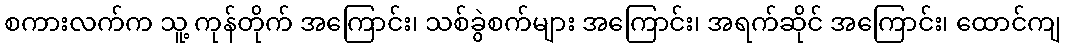
စကားလက်က သူ့ ကုန်တိုက် အကြောင်း၊ သစ်ခွဲစက်များ အကြောင်း၊ အရက်ဆိုင် အကြောင်း၊ ထောင်ကျ